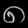
Digit: ၈